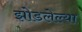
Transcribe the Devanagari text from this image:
झोडलेल्या